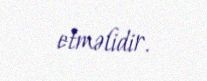
etməlidir.